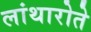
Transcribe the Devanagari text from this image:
लांथारोते